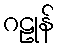
ဂဠုန်